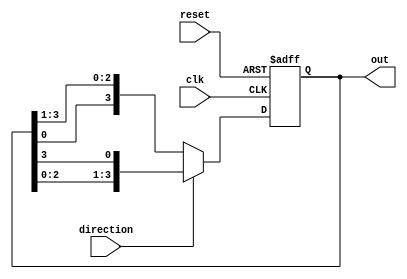
module johnson_counter (
    input wire clk,
    input wire reset,
    input wire direction, // 0 for shifting left, 1 for shifting right
    output reg [3:0] out
);

reg [3:0] state;

always @ (posedge clk or posedge reset) begin
    if (reset)
        state <= 4'b0001; // Initial state
    else begin
        if (direction)
            state <= {state[2:0], state[3]}; // Shift right
        else
            state <= {state[0], state[3:1]}; // Shift left
    end
end

assign out = state;

endmodule